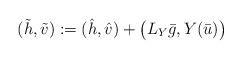
LaTeX: \begin{align*}(\tilde h, \tilde v):= (\hat h, \hat v) + \big(L_Y \bar g, Y(\bar u) \big)\end{align*}